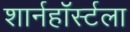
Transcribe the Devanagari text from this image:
शार्नहॉर्स्टला